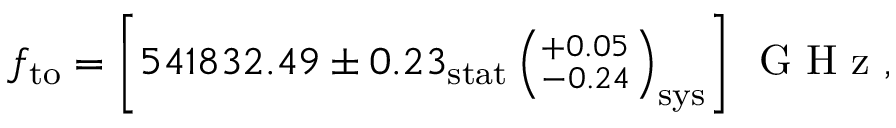
f _ { \mathrm { t o } } = \left[ 5 4 1 8 3 2 . 4 9 \pm 0 . 2 3 _ { \mathrm { s t a t } } \left( ^ { + 0 . 0 5 } _ { - 0 . 2 4 } \right) _ { \mathrm { s y s } } \right] \ensuremath { \, \mathrm { ~ G ~ H ~ z ~ } } ,